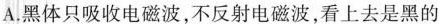
A.黑体只吸收电磁波，不反射电磁波，看上去是黑的